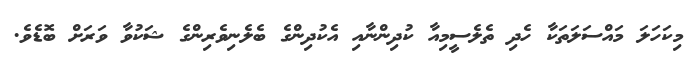
މިކަހަލަ މައްސަލަތަކާ ހެދި ތެލެސީމިއާ ކުދިންނާއި އެކުދިންގެ ބެލެނިވެރިންގެ ޝަކުވާ ވަރަށް ބޮޑެވެ.